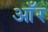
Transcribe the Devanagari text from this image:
आँर